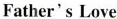
Father's Love